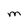
Character: M